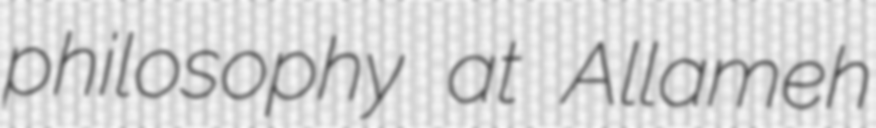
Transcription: philosophy at Allameh